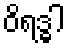
ဝိရဒ္ဓါ